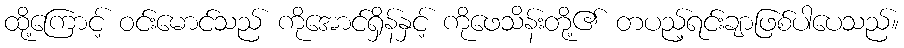
ထို့ကြောင့် ဝင်းမောင်သည် ကိုအောင်ရှိန်နှင့် ကိုဖေသိန်းတို့၏ တပည့်ရင်းချာဖြစ်ပါပေသည်။